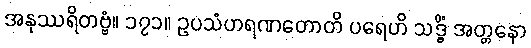
အနုဿရိတဗ္ဗံ။ ၁၇၁။ ဥပသံဟရဏတောတိ ပရေဟိ သဒ္ဓိံ အတ္တနော